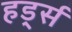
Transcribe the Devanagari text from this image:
हर्ड्स